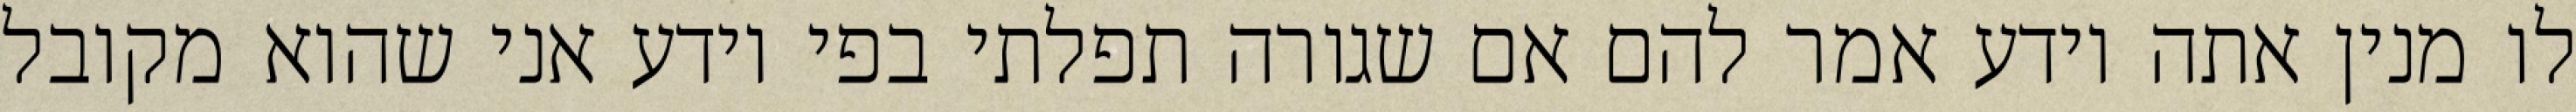
לו מנין אתה יודע אמר להם אם שגורה תפלתי בפי יודע אני שהוא מקובל